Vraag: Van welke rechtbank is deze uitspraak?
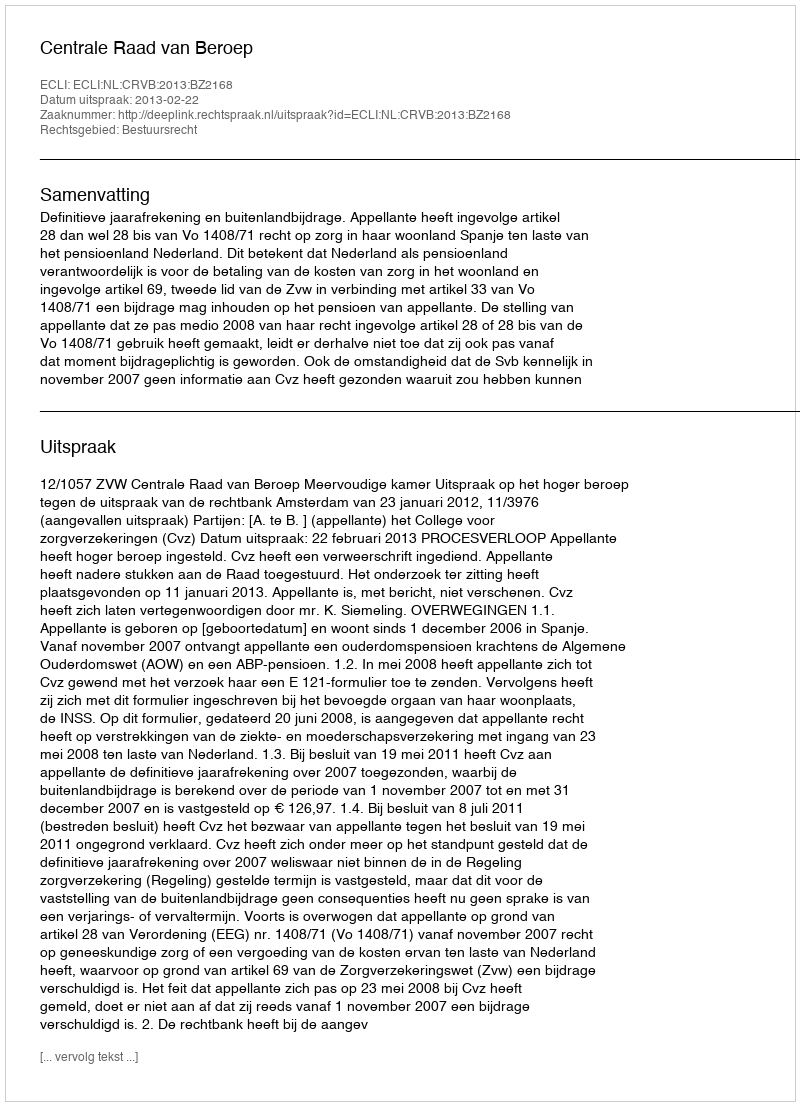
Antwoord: Centrale Raad van Beroep